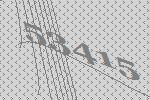
53415